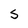
Character: S